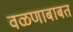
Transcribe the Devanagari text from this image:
वळणाबाबत